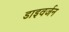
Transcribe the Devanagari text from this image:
डाइवर्जन